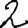
Digit: 2